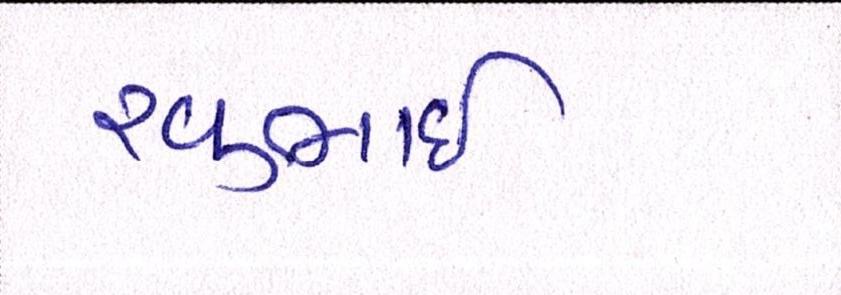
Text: રવુભાઇ